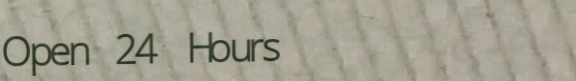
Open 24 Hours